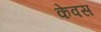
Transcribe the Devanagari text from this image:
केवस